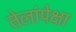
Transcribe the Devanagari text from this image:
तेलांपेक्षा